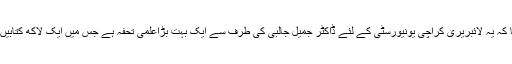
ڈاکٹر محمد قیصر نے مزید کہا کہ یہ لائبریری کراچی یونیورسٹی کے لئے ڈاکٹر جمیل جالبی کی طرف سے ایک بہت بڑاعلمی تحفہ ہے جس میں ایک لاکھ کتابیں اور قلمی مخطوطے شامل ہیں۔